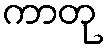
ကာတု